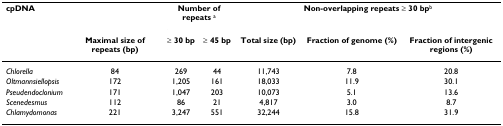
<table><thead><tr><td><b>cpDNA</b></td><td></td><td colspan="2"><b>Number of repeats <sup>a</sup></b></td><td colspan="3"><b>Non-overlapping repeats ≥ 30 bp<sup>b</sup></b></td></tr><tr><td></td><td><b>Maximal size of repeats (bp)</b></td><td><b>≥ 30 bp</b></td><td><b>≥ 45 bp</b></td><td><b>Total size (bp) </b></td><td><b>Fraction of genome (%)</b></td><td><b>Fraction of intergenic regions (%)</b></td></tr></thead><tbody><tr><td><i>Chlorella</i></td><td>84</td><td>269</td><td>44</td><td>11,743</td><td>7.8</td><td>20.8</td></tr><tr><td><i>Oltmannsiellopsis</i></td><td>172</td><td>1,205</td><td>161</td><td>18,033</td><td>11.9</td><td>30.1</td></tr><tr><td><i>Pseudendoclonium</i></td><td>171</td><td>1,047</td><td>203</td><td>10,073</td><td>5.1</td><td>13.6</td></tr><tr><td><i>Scenedesmus</i></td><td>112</td><td>86</td><td>21</td><td>4,817</td><td>3.0</td><td>8.7</td></tr><tr><td><i>Chlamydomonas</i></td><td>221</td><td>3,247</td><td>551</td><td>32,244</td><td>15.8</td><td>31.9</td></tr></tbody></table>